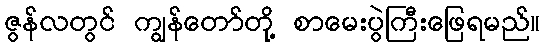
ဇွန်လတွင် ကျွန်တော်တို့ စာမေးပွဲကြီးဖြေရမည်။